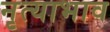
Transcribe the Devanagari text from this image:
नृत्याभाव